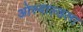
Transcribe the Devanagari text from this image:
ओस्वाल्डला